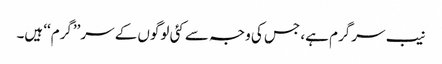
نیب سرگرم ہے، جس کی وجہ سے کئی لوگوں کے سر’’گرم‘‘ ہیں۔